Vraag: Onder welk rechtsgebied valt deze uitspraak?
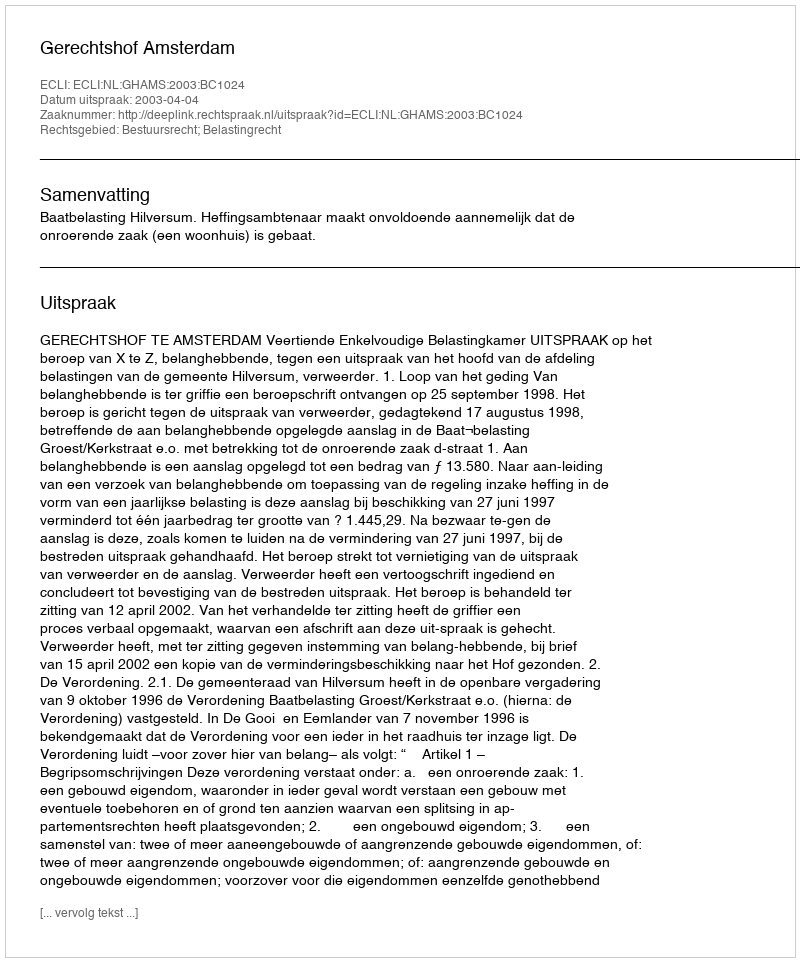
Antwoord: Bestuursrecht; Belastingrecht